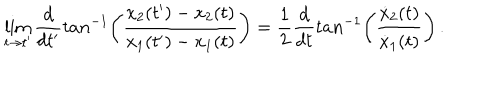
\lim _ { t \rightarrow t ^ { \prime } } { \frac { d } { d t ^ { \prime } } } t a n ^ { - 1 } \biggl ( { \frac { x _ { 2 } ( t ^ { \prime } ) - x _ { 2 } ( t ) } { x _ { 1 } ( t ^ { \prime } ) - x _ { 1 } ( t ) } } \biggr ) = { \frac { 1 } { 2 } } { \frac { d } { d t } } t a n ^ { - 1 } \biggl ( { \frac { { \dot { x } } _ { 2 } ( t ) } { { \dot { x } } _ { 1 } ( t ) } } \biggr ) \, .